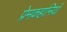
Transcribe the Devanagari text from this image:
प्रेमकहानियाँ